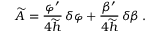
\widetilde { A } = { \frac { \varphi ^ { \prime } } { 4 \widetilde { h } } } \, \delta \varphi + { \frac { \beta ^ { \prime } } { 4 \widetilde { h } } } \, \delta \beta \, .